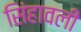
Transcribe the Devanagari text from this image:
सिंहावली